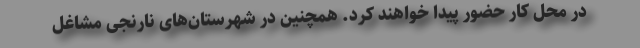
در محل کار حضور پیدا خواهند کرد. همچنین در شهرستان‌های نارنجی مشاغل